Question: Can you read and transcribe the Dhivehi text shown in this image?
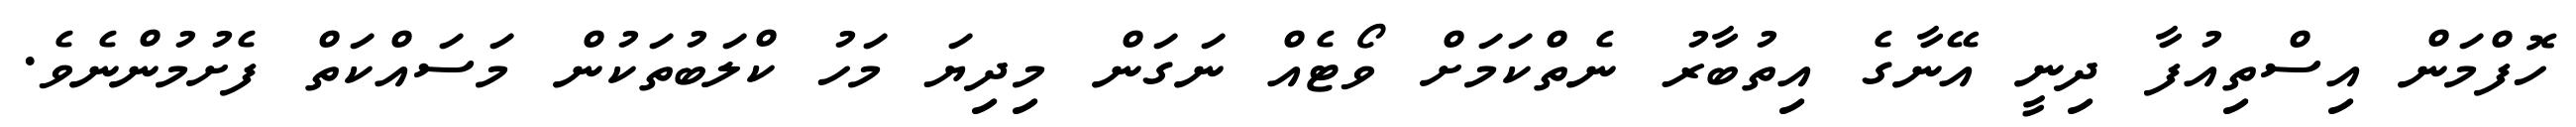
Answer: ހޮފްމަން އިސްތިއުފާ ދިނީ އޭނާގެ އިތުބާރު ނެތްކަމަށް ވޯޓެއް ނަގަން މިދިޔަ މަހު ކްލަބުތަކުން މަސައްކަތް ފެށުމުންނެވެ.